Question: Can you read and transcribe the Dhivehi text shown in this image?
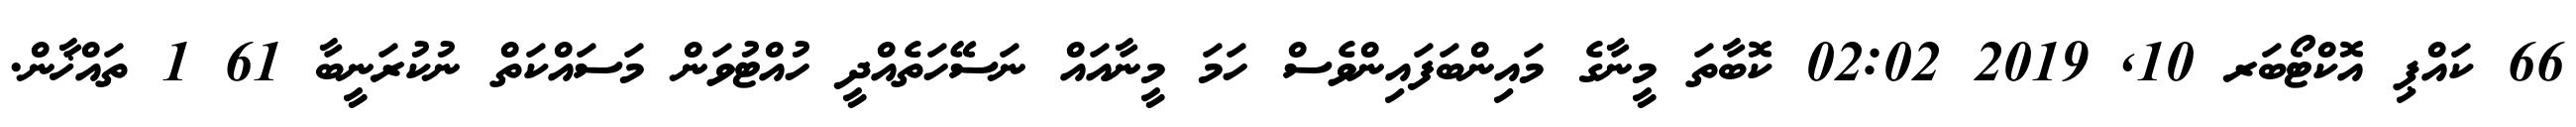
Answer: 66 ކައްޕި އޮކްޓޯބަރ 10, 2019 02:02 ކޮބާތަ މީނާގެ މައިންބަފައިންވެސް ހަމަ މީނާއައް ނަސޭހަތެއްދީ ހުއްޓުވަން މަސައްކަތް ނުކުރަނީބާ 61 1 ތައްޚާން.